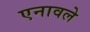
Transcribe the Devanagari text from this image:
एनावले